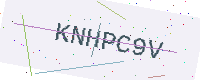
Text: KNHPC9V